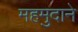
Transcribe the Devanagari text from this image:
महमुदाने